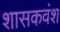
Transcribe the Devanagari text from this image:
शासकवंश